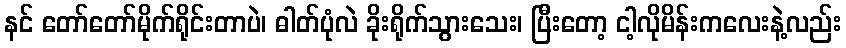
နင် တော်တော်မိုက်ရိုင်းတာပဲ၊ ဓါတ်ပုံလဲ ခိုးရိုက်သွားသေး၊ ပြီးတော့ ငါ့လိုမိန်းကလေးနဲ့လည်း